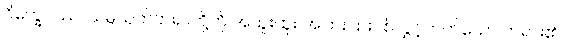
ဝိက္ခေပဿ၊ သမ္ပယုတ်တရာတို့ကို အထူးထူး အပြားပြားပစ်လွှင့်တတ်သော တရား၏။